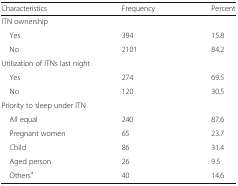
<table><thead><tr><td><b>Characteristics</b></td><td><b>Frequency</b></td><td><b>Percent</b></td></tr></thead><tbody><tr><td colspan="3">ITN ownership</td></tr><tr><td> Yes</td><td>394</td><td>15.8</td></tr><tr><td> No</td><td>2101</td><td>84.2</td></tr><tr><td colspan="3">Utilization of ITNs last night</td></tr><tr><td> Yes</td><td>274</td><td>69.5</td></tr><tr><td> No</td><td>120</td><td>30.5</td></tr><tr><td colspan="3">Priority to sleep under ITN</td></tr><tr><td> All equal</td><td>240</td><td>87.6</td></tr><tr><td> Pregnant women</td><td>65</td><td>23.7</td></tr><tr><td> Child</td><td>86</td><td>31.4</td></tr><tr><td> Aged person</td><td>26</td><td>9.5</td></tr><tr><td> Others<sup>a</sup></td><td>40</td><td>14.6</td></tr></tbody></table>